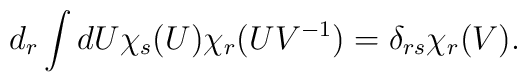
d_r \int d U \chi_s(U) \chi_r(U{V^{-1}})=\delta_{rs}\chi_r(V).